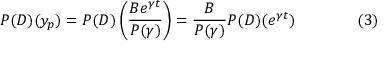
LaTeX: P ( D ) ( y _ { p } ) = P ( D ) \left( { \frac { B e ^ { \gamma t } } { P ( \gamma ) } } \right) = { \frac { B } { P ( \gamma ) } } P ( D ) ( e ^ { \gamma t } ) \qquad \qquad ( 3 )